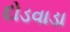
દોડવાડા